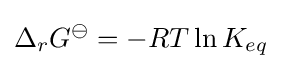
\Delta _{r}G^{\ominus }=-RT\ln K_{eq}